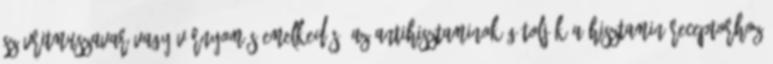
szívritmuszavar vagy vérnyomás-emelkedés. Az antihisztaminok gátolják a hisztamin receptorhoz